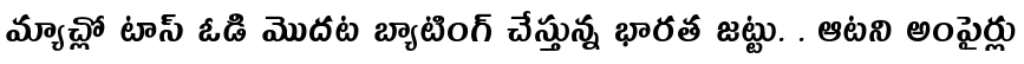
మ్యాచ్లో టాస్ ఓడి మొదట బ్యాటింగ్ చేస్తున్న భారత జట్టు. . ఆటని అంపైర్లు